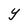
Character: Y